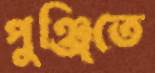
পুঞ্জিতে